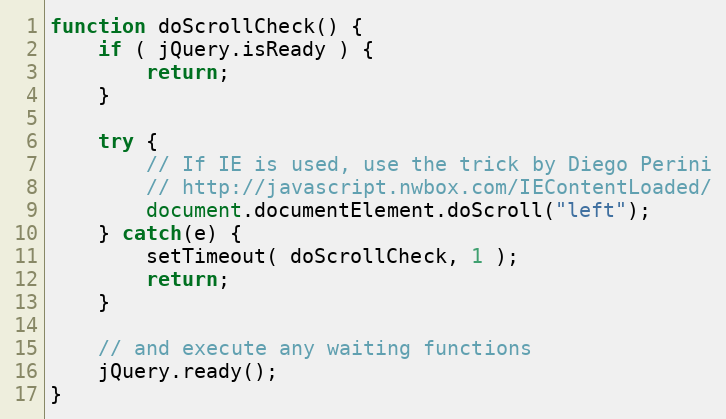
Language: JavaScript
function doScrollCheck() {
	if ( jQuery.isReady ) {
		return;
	}

	try {
		// If IE is used, use the trick by Diego Perini
		// http://javascript.nwbox.com/IEContentLoaded/
		document.documentElement.doScroll("left");
	} catch(e) {
		setTimeout( doScrollCheck, 1 );
		return;
	}

	// and execute any waiting functions
	jQuery.ready();
}